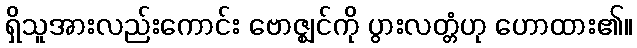
ရှိသူအားလည်းကောင်း ဗောဇ္ဈင်ကို ပွားလတ္တံဟု ဟောထား၏။